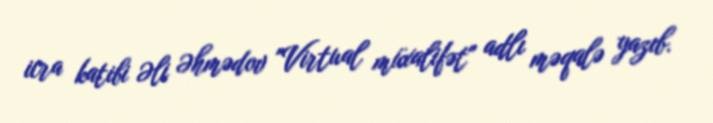
icra katibi Əli Əhmədov "Virtual müxalifət" adlı məqalə yazıb.